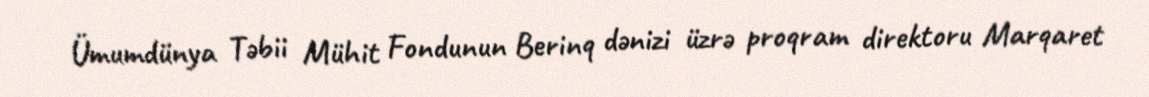
Ümumdünya Təbii Mühit Fondunun Berinq dənizi üzrə proqram direktoru Marqaret